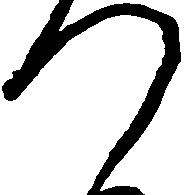
つ